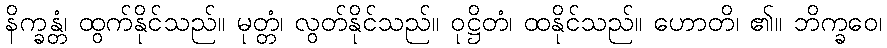
နိက္ခန္တံ၊ ထွက်နိုင်သည်။ မုတ္တံ၊ လွတ်နိုင်သည်။ ဝုဋ္ဌိတံ၊ ထနိုင်သည်။ ဟောတိ၊ ၏။ ဘိက္ခဝေ၊